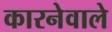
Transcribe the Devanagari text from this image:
कारनेवाले